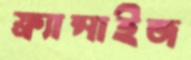
ফ্র্যান্সাইজ